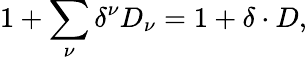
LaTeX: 1+\sum_{\nu}\delta^{\nu}D_{\nu}=1+\delta\cdot D,